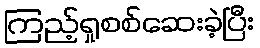
ကြည့်ရှုစစ်ဆေးခဲ့ပြီး